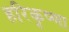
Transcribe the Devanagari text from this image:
हरिकृष्णा